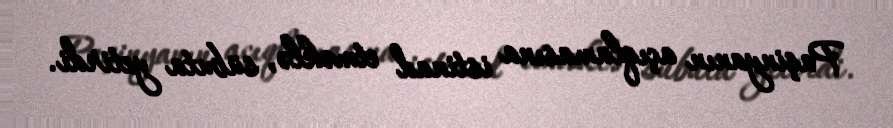
Paşinyanın açıqlamasına istinad etməklə, sübuta yetirdi.